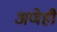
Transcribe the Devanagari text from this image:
अणेही